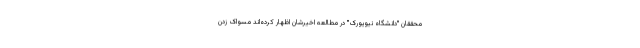
محققان "دانشگاه نیویورک" در مطالعه اخیرشان اظهار کرده‌اند مسواک زدن